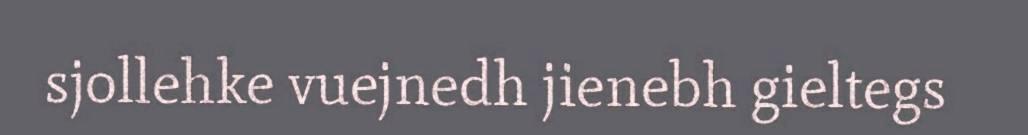
sjollehke vuejnedh jienebh gieltegs